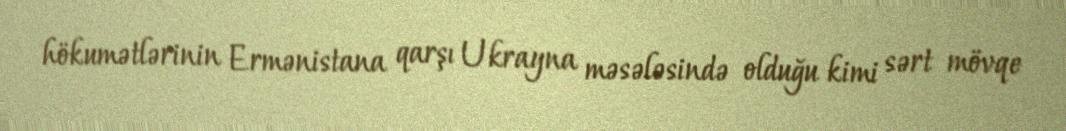
hökumətlərinin Ermənistana qarşı Ukrayna məsələsində olduğu kimi sərt mövqe